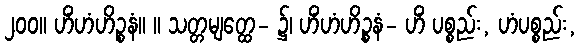
၂၀၀။ ဟိံဟံဟိဉ္စနံ။ ။ သတ္တမျတ္ထေ- ၌၊ ဟိံဟံဟိဉ္စနံ- ဟိံ ပစ္စည်း, ဟံပစ္စည်း,